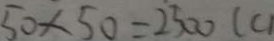
5 0 \times 5 0 = 2 5 0 0 ( c